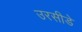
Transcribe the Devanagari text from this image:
उरसीडे